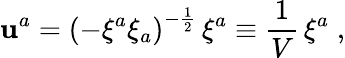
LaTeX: \mathbf{u}^{a}={\left(-\xi^{a}\xi_{a}\right)}^{-{\frac{{1}}{{2}}}}\, \xi^{a}\equiv{\frac{{1}}{{V}}}\, \xi^{a}\; ,